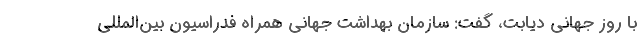
با روز جهانی دیابت، گفت: سازمان بهداشت جهانی همراه فدراسیون بین‌المللی